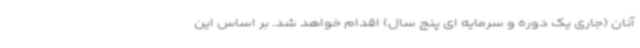
آنان (جاری یک دوره و سرمایه ای پنج سال) اقدام خواهد شد. بر اساس این